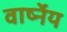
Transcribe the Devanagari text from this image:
वार्ष्नेय